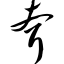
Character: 耷